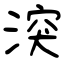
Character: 湥